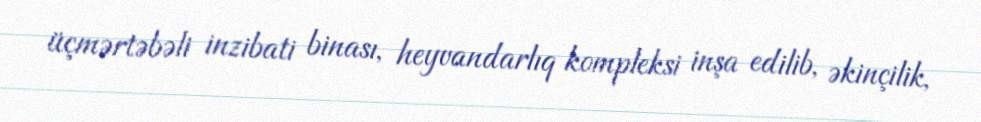
üçmərtəbəli inzibati binası, heyvandarlıq kompleksi inşa edilib, əkinçilik,